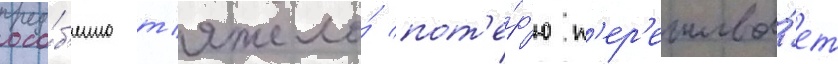
осо́б'енно т'яжело́ пот'е́р'ю п'ер'ежива́ет